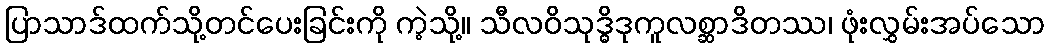
ပြာသာဒ်ထက်သို့တင်ပေးခြင်းကို ကဲ့သို့။ သီလဝိသုဒ္ဓိဒုကူလစ္ဆာဒိတဿ၊ ဖုံးလွှမ်းအပ်သော